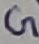
Text: G